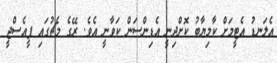
އެލަނޑު އެޓީމަށް ކާމިޔާބު ކޮށްދިނީ އެޑިންސަން ކަވާނީ އެވެ. ރޭގެ މެޗުގައި ޕީއެސްޖީ